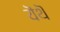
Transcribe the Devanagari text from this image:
यॆथॆ